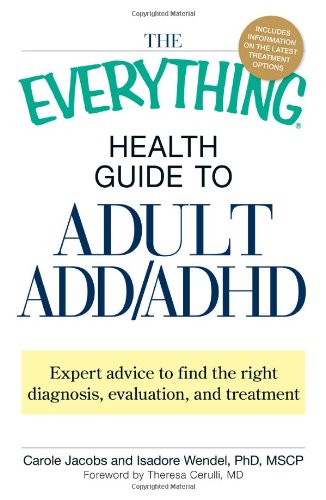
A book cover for The Everything Health Guide to Adult ADD/ADHD: Expert advice to find the right diagnosis, evaluation and treatment; Carole Jacobs; Health, Fitness & Dieting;